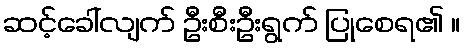
ဆင့်ခေါ်လျက် ဦးစီးဦးရွက် ပြုစေရ၏ ။